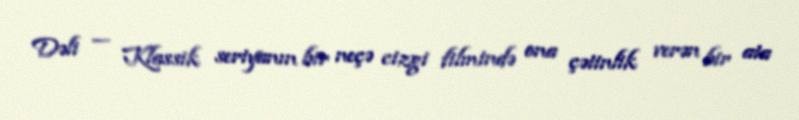
Dəli — Klassik seriyanın bir neçə cizgi filmində ona çətinlik verən bir ata